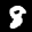
Label: 8